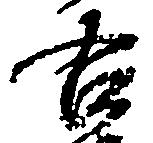
右